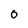
Character: 0